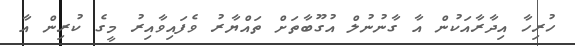
ހުރިހާ އިދާރާއަކުން އާ ގާނުނުލް އުގޫބާތަށް ތައްޔާރު ވެފައިވާއިރު މީގެ ކުރިން އާ